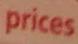
prices